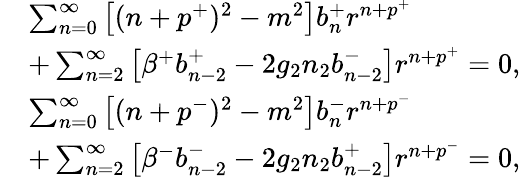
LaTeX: \begin{array}{rl}&{\sum_{n=0}^{\infty}\left[(n+p^{+})^{2}-m^{2}\right]b_{n}^{+}r^{n+p^{+}}}\\ &{+\sum_{n=2}^{\infty}\left[\beta^{+}b_{n-2}^{+}-2g_{2}n_{2}b_{n-2}^{-}\right]r^{n+p^{+}}=0,}\\ &{\sum_{n=0}^{\infty}\left[(n+p^{-})^{2}-m^{2}\right]b_{n}^{-}r^{n+p^{-}}}\\ &{+\sum_{n=2}^{\infty}\left[\beta^{-}b_{n-2}^{-}-2g_{2}n_{2}b_{n-2}^{+}\right]r^{n+p^{-}}=0,}\end{array}